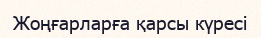
Жоңғарларға қарсы күресі